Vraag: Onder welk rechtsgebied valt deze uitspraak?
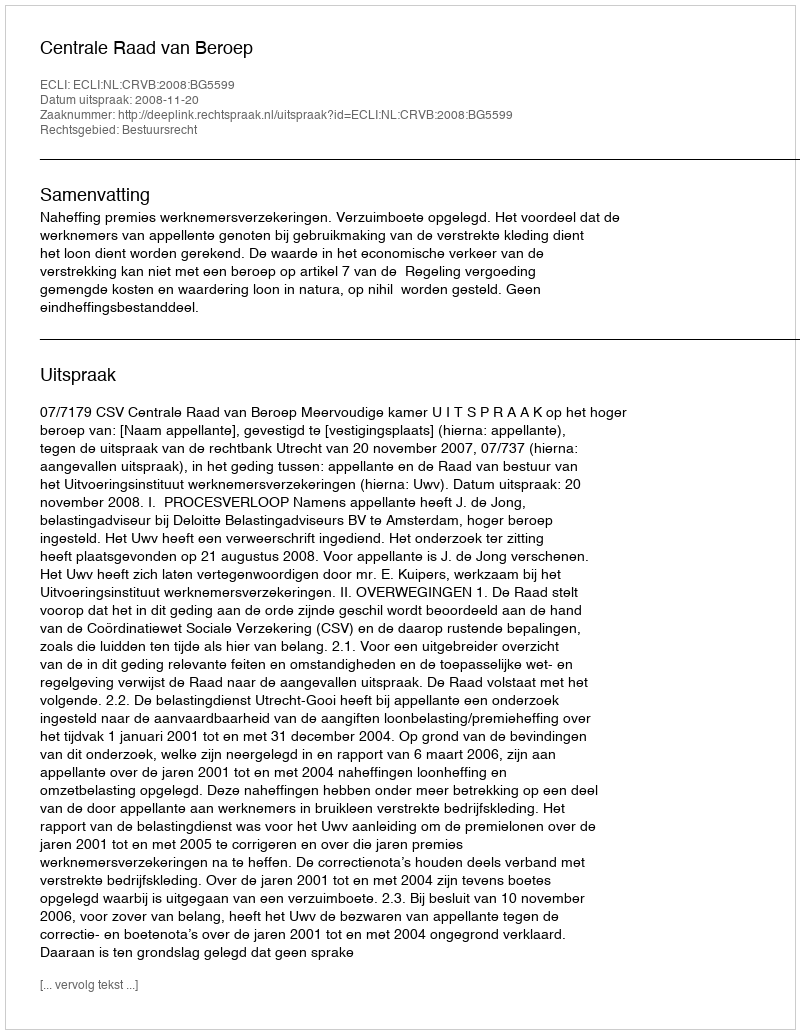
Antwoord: Bestuursrecht